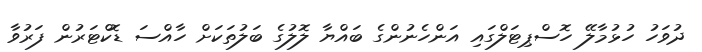
ދުވަހު ހުޅުމާލޭ ހޮސްޕިޓަލްގައި އަންހެނުންގެ ބައްޔާ ލޮލުގެ ބަލުތަކަށް ހާއްސަ ޑޮކްޓަރުން ފަރުވާ